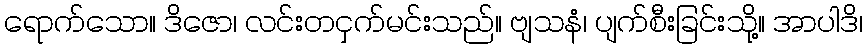
ရောက်သော။ ဒိဇော၊ လင်းတငှက်မင်းသည်။ ဗျသနံ၊ ပျက်စီးခြင်းသို့။ အာပါဒိ၊